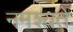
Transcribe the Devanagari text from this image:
नमश्यते